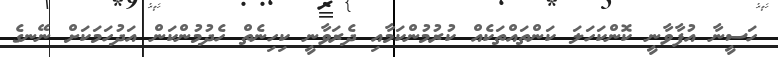
ހަސީނާ އުފާވާނީ ކޮންކަހަލަ ކަންތައްތަކެއް ކުރުމުންކަމާއި ދެރަވާނީ ކިހިނެތް ހެދުމުންކަން އަދުހަމަކަށް ނޭނގެ